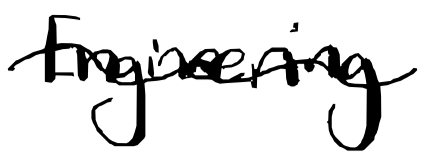
Text: Engineering
Cross-out: wave
Writing tool: digital_black